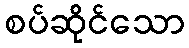
စပ်ဆိုင်သော